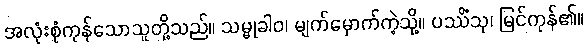
အလုံးစုံကုန်သောသူတို့သည်။ သမ္မုခါဝ၊ မျက်မှောက်ကဲ့သို့။ ပဿိံသု၊ မြင်ကုန်၏။